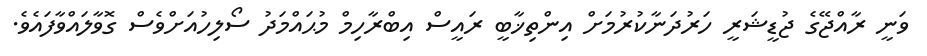
ވަނީ ރާއްޖޭގެ ޖުޑީޝަރީ ހަރުދަނާކުރުމަށް އިންތިޚާބީ ރައީސް އިބްރާހިމް މުޙައްމަދު ސޯލިހުއަށްވެސް ގޮވާލައްވާފައެވެ.